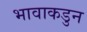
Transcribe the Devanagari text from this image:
भावाकडुन